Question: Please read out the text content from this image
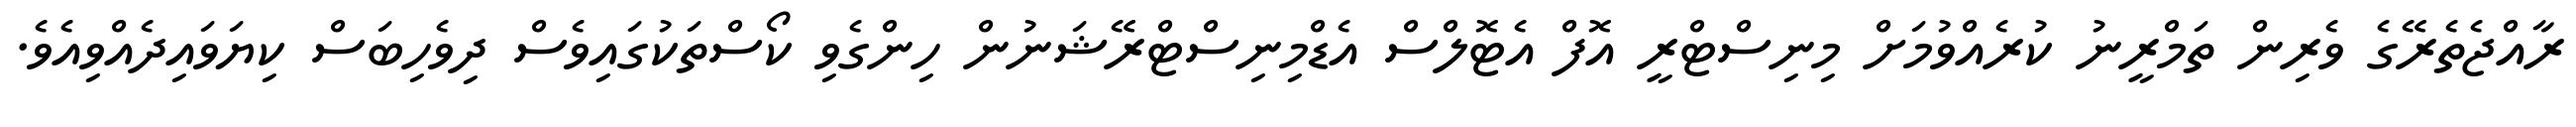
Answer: ރާއްޖެތެރޭގެ ވެރިން ތަމްރީނު ކުރެއްވުމަށް މިނިސްޓްރީ އޮފް އެޓޮލްސް އެޑްމިނިސްޓްރޭޝަނުން ހިންގެވި ކޯސްތަކުގައިވެސް ދިވެހިބަސް ކިޔަވައިދެއްވިއެވެ.